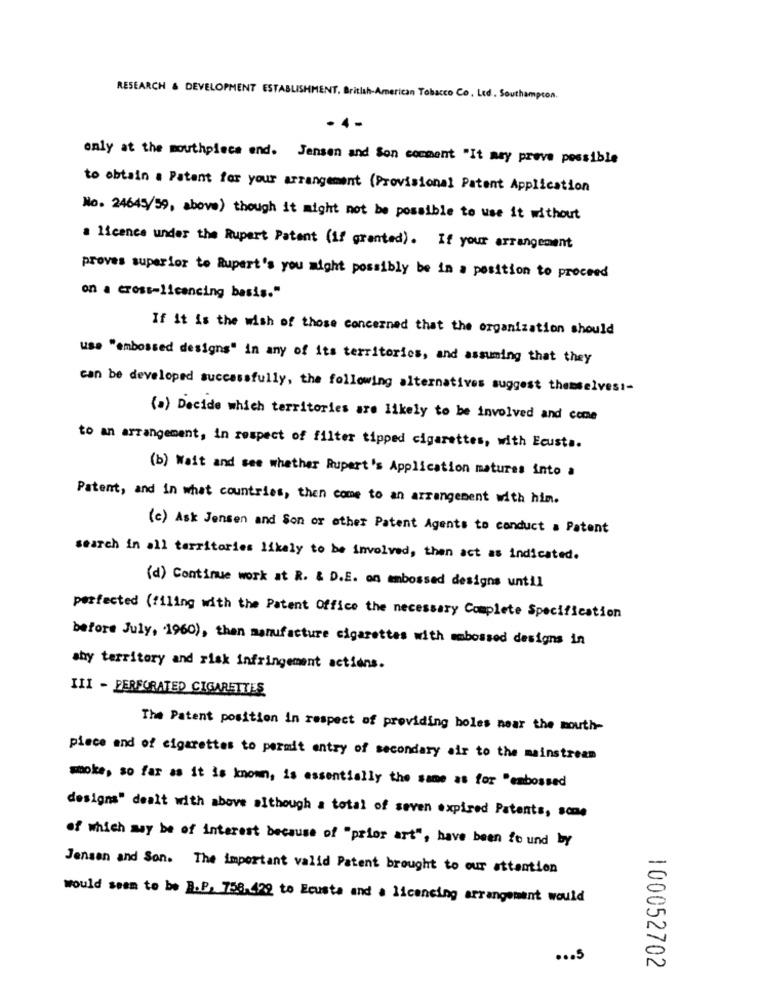
RESEARCH & DEVELOPMENT ESTABLISHMENT, British-American Tobacco Co. Ltd. Southampton.
only at the mouthpiece end. Jensen and Son comment "It may prove possible
to obtain a Patent for your arrangement (Provisional Patent Application
No. 24645/59, above) though it might not be possible to use it without
a licence under the Rupert Patent (if granted). If your arrangement
proves superior to Rupert's you might possibly be in a position to proceed
on a cross-licencing basis."
If it is the wish of those concerned that the organization should
use "embossed designs" in any of its territories, and assuming that they
can be developed successfully, the following alternatives suggest themselves :-
(a) Decide which territories are likely to be involved and come
to an arrangement, in respect of filter tipped cigarettes, with Ecusta.
(b) Wait and see whether Rupert's Application matures into a
Patent, and in what countries, then come to an arrangement with him.
(c) Ask Jensen and Son or other Patent Agents to conduct a Patent
search in all territories likely to be involved, then act as indicated.
(d) Continue work at R. & D.E. on embossed designs until
perfected (filing with the Patent Office the necessary Complete Specification
before July, '1960), then manufacture cigarettes with embossed designs in
shy territory and risk infringement actions.
III - PERFORATED CIGARETTES
The Patent position in respect of providing boles near the mouth-
piece and of cigarettes to permit entry of secondary air to the mainstream
smoke, so far as it is known, is essentially the same as for "embossed
designs" dealt with above although a total of seven expired Patents, some
of which may be of interest because of "prior art", have been fo und by
Jensan and Son. The important valid Patent brought to our attention
would seem to be B.P. 758.422 to Ecusta and a licensing arrangement would
... 5
100052702